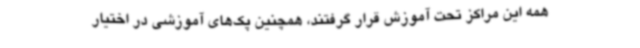
همه این مراکز تحت آموزش قرار گرفتند، همچنین پک‌های آموزشی در اختیار